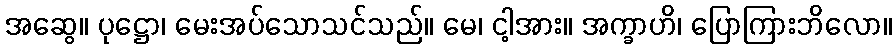
အဆွေ။ ပုဋ္ဌော၊ မေးအပ်သောသင်သည်။ မေ၊ ငါ့အား။ အက္ခာဟိ၊ ပြောကြားဘိလော။